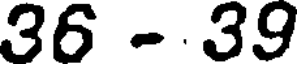
36 -.39